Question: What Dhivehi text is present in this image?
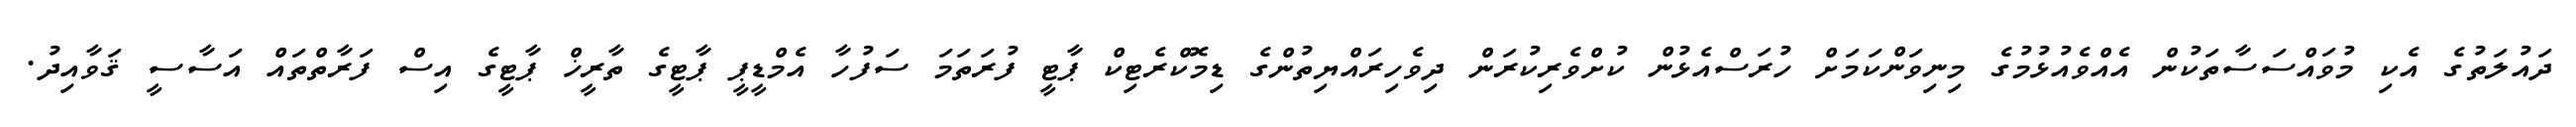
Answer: ދައުލަތުގެ އެކި މުވައްސަސާތަކުން އެއްވެއުޅުމުގެ މިނިވަންކަމަށް ހުރަސްއެޅުން ކުށްވެރިކުރަން ދިވެހިރައްޔިތުންގެ ޑިމޮކްރެޓިކް ޕާޓީ ފުރަތަމަ ސަފުހާ އެމްޑީޕީ ޕާޓީގެ ތާރީޚް ޕާޓީގެ އިސް ފަރާތްތައް އަސާސީ ޤަވާއިދު.